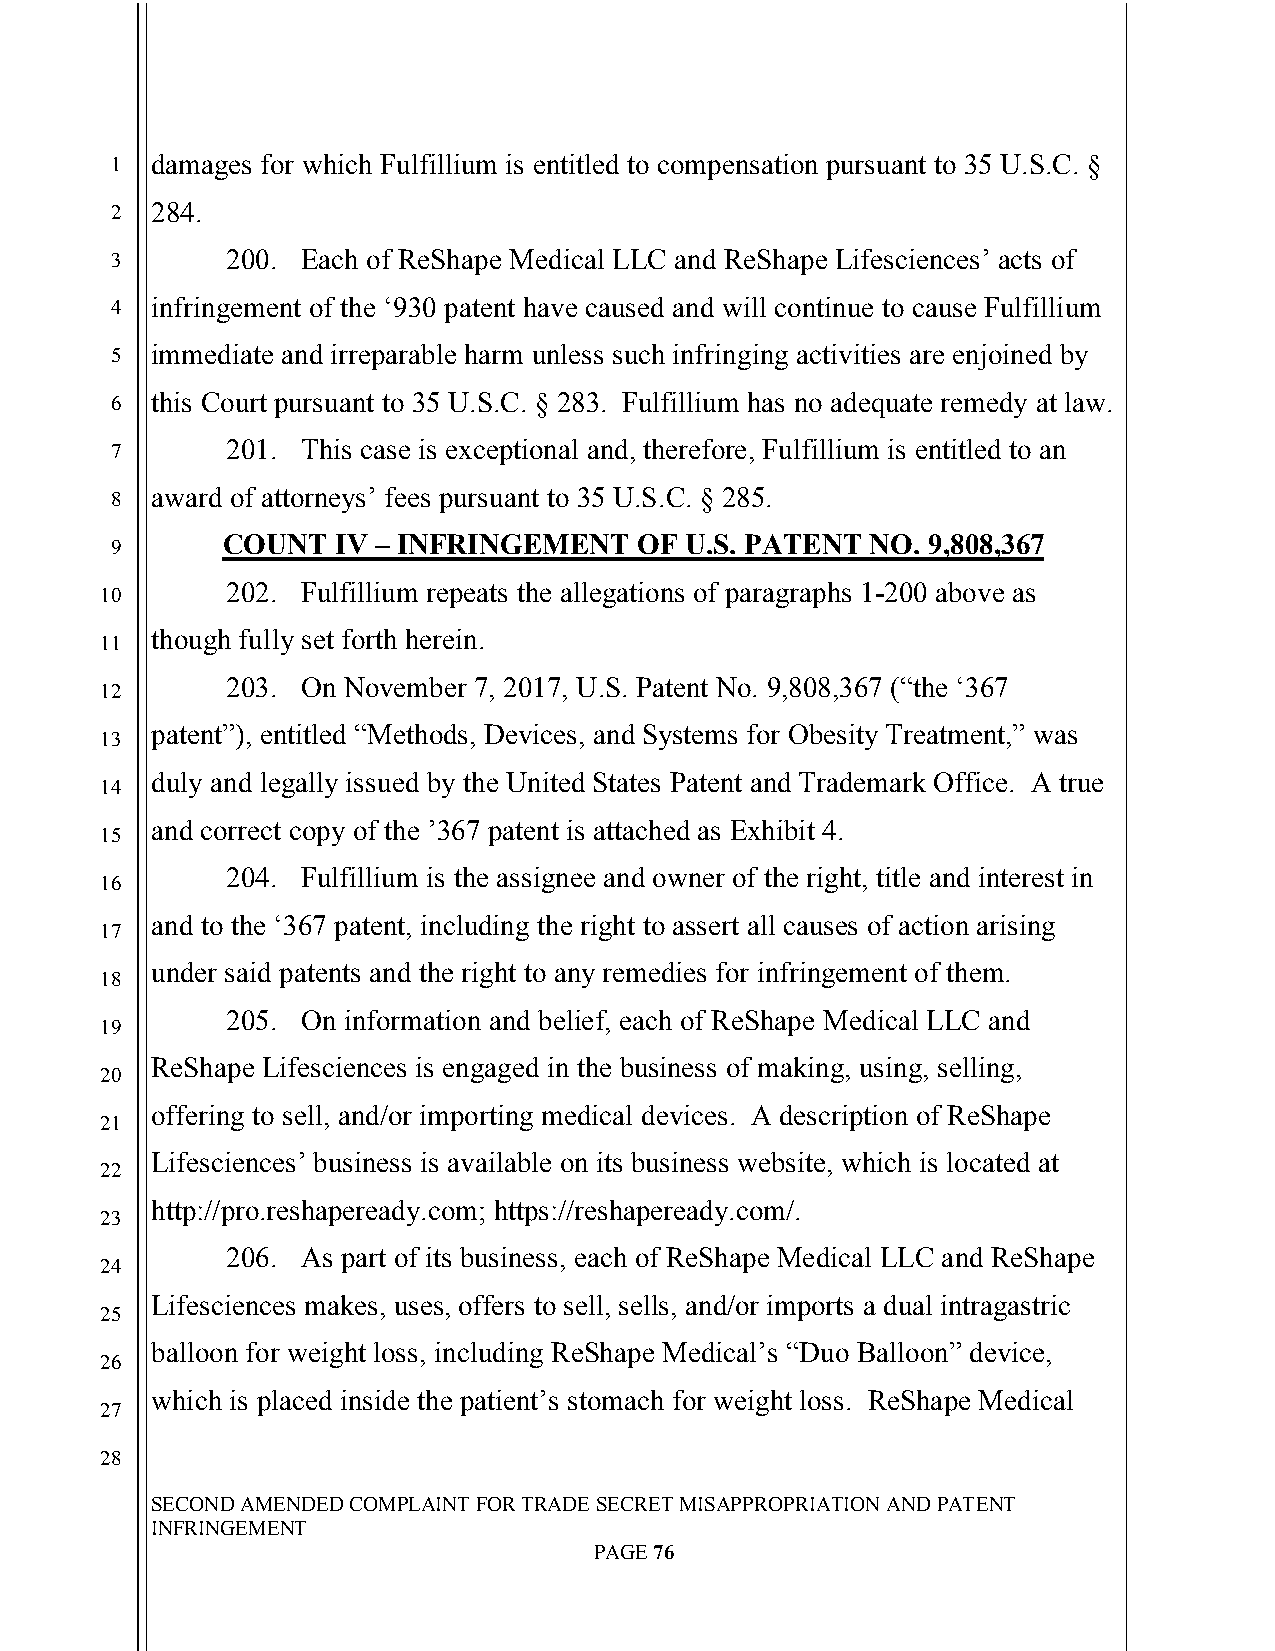
`
 1  damages for which Fulfillium is entitled to compensation pursuant to 35 U.S.C. §
 2  284.
 3       200. Each of ReShape Medical LLC and ReShape Lifesciences’ acts of
 4  infringement of the ‘930 patent have caused and will continue to cause Fulfillium
 5  immediate and irreparable harm unless such infringing activities are enjoined by
 6  this Court pursuant to 35 U.S.C. § 283. Fulfillium has no adequate remedy at law.
 7       201. This case is exceptional and, therefore, Fulfillium is entitled to an
 8  award of attorneys’ fees pursuant to 35 U.S.C. § 285.
 COUNT  IV – INFRINGEMENT   OF U.S. PATENT  NO. 9,808,367
 9
 202. Fulfillium repeats the allegations of paragraphs 1-200 above as
 10
 though fully set forth herein.
 11
 203. On November 7, 2017, U.S. Patent No. 9,808,367 (“the ‘367
 12
 patent”), entitled “Methods, Devices, and Systems for Obesity Treatment,” was
 13
 duly and legally issued by the United States Patent and Trademark Office. A true
 14
 and correct copy of the ’367 patent is attached as Exhibit 4.
 15
 204. Fulfillium is the assignee and owner of the right, title and interest in
 16
 and to the ‘367 patent, including the right to assert all causes of action arising
 17
 under said patents and the right to any remedies for infringement of them.
 18
 205. On information and belief, each of ReShape Medical LLC and
 19
 ReShape Lifesciences is engaged in the business of making, using, selling,
 20
 offering to sell, and/or importing medical devices. A description of ReShape
 21
 Lifesciences’ business is available on its business website, which is located at
 22
 http://pro.reshapeready.com; https://reshapeready.com/.
 23
 206. As part of its business, each of ReShape Medical LLC and ReShape
 24
 Lifesciences makes, uses, offers to sell, sells, and/or imports a dual intragastric
 25
 balloon for weight loss, including ReShape Medical’s “Duo Balloon” device,
 26
 which is placed inside the patient’s stomach for weight loss. ReShape Medical
 27
 28
 SECOND AMENDED COMPLAINT FOR TRADE SECRET MISAPPROPRIATION AND PATENT
 INFRINGEMENT
 PAGE 76